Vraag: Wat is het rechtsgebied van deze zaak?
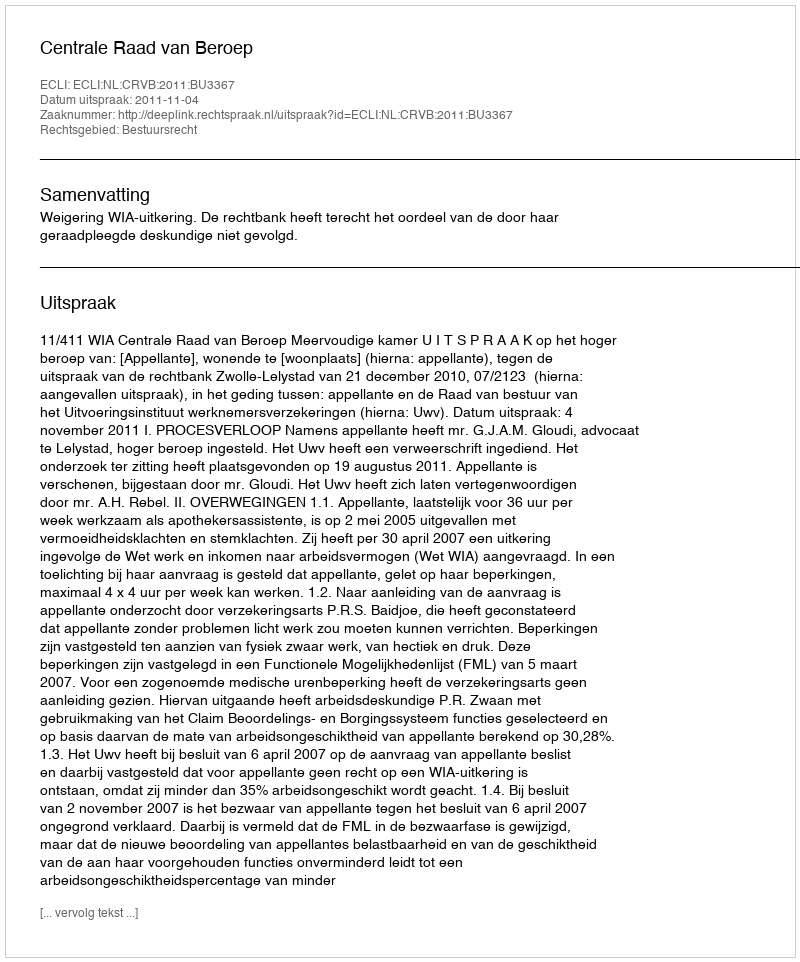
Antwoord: Bestuursrecht